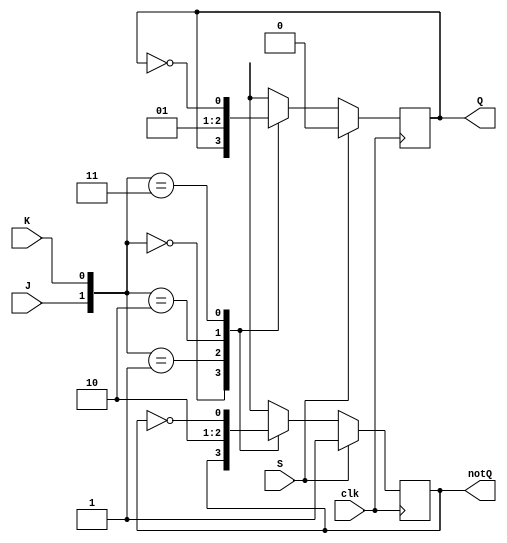
module JK_FF(clk, J, K, S, Q, notQ); 
input   clk, J, K, S;
output reg Q, notQ;
always @(posedge clk)
if (S == 1'b1) begin
    Q <= 1'b0;
    notQ <= 1'b1;
end
else
case({J, K}) 
2'b00: begin Q <= Q; notQ <= notQ; end
2'b01: begin Q <= 1'b0; notQ <= 1'b1; end
2'b10: begin Q <= 1'b1; notQ <= 1'b0; end
2'b11: begin Q <= ~Q; notQ <= ~notQ; end
endcase
endmodule
module UD_Count(ResetN, DNUP, CLK, Q); 
input ResetN, DNUP, CLK;
output [3:0] Q;
wire Q1, notQ1, Q2, notQ2, Q3, notQ3, Q4, notQ4;
wire up1, down1, w1, w21, w20, w22, w33, w31, w34;
JK_FF J1(CLK, 1, 1, ResetN, Q1, notQ1);
assign down1 = notQ1 & DNUP;
assign up1 = Q1 & (~DNUP);
assign w1 = down1 | up1;

JK_FF J2(CLK, w1, w1, ResetN, Q2, notQ2);
assign w21 = down1 & notQ2;
assign w20 = up1 & Q2;
assign w22 = w21 | w20;

JK_FF J3(CLK, w22, w22, ResetN, Q3, notQ3);
assign w33 = notQ3 & down1 & notQ2;
assign w31 = Q3 & up1 & Q2;
assign w34 = w31 | w33;

JK_FF J4(CLK, w34, w34, ResetN, Q4, notQ4);
assign Q[0] = Q1;
assign Q[1] = Q2;
assign Q[2] = Q3;
assign Q[3] = Q4;
endmodule